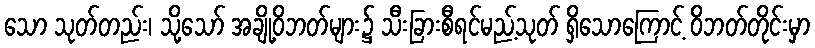
သော သုတ်တည်း၊ သို့သော် အချို့ဝိဘတ်များ၌ သီးခြားစီရင်မည့်သုတ် ရှိသောကြောင့် ဝိဘတ်တိုင်းမှာ